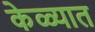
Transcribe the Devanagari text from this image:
केळ्यात